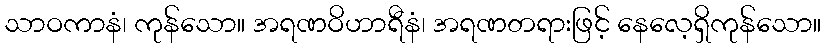
သာဝကာနံ၊ ကုန်သော။ အရဏဝိဟာရီနံ၊ အရဏတရားဖြင့် နေလေ့ရှိကုန်သော။